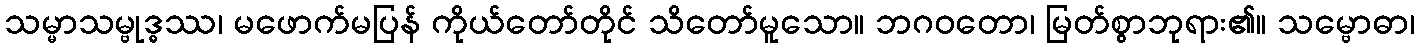
သမ္မာသမ္ဗုဒ္ဓဿ၊ မဖောက်မပြန် ကိုယ်တော်တိုင် သိတော်မူသော။ ဘဂဝတော၊ မြတ်စွာဘုရား၏။ သမ္ဗောဓာ၊